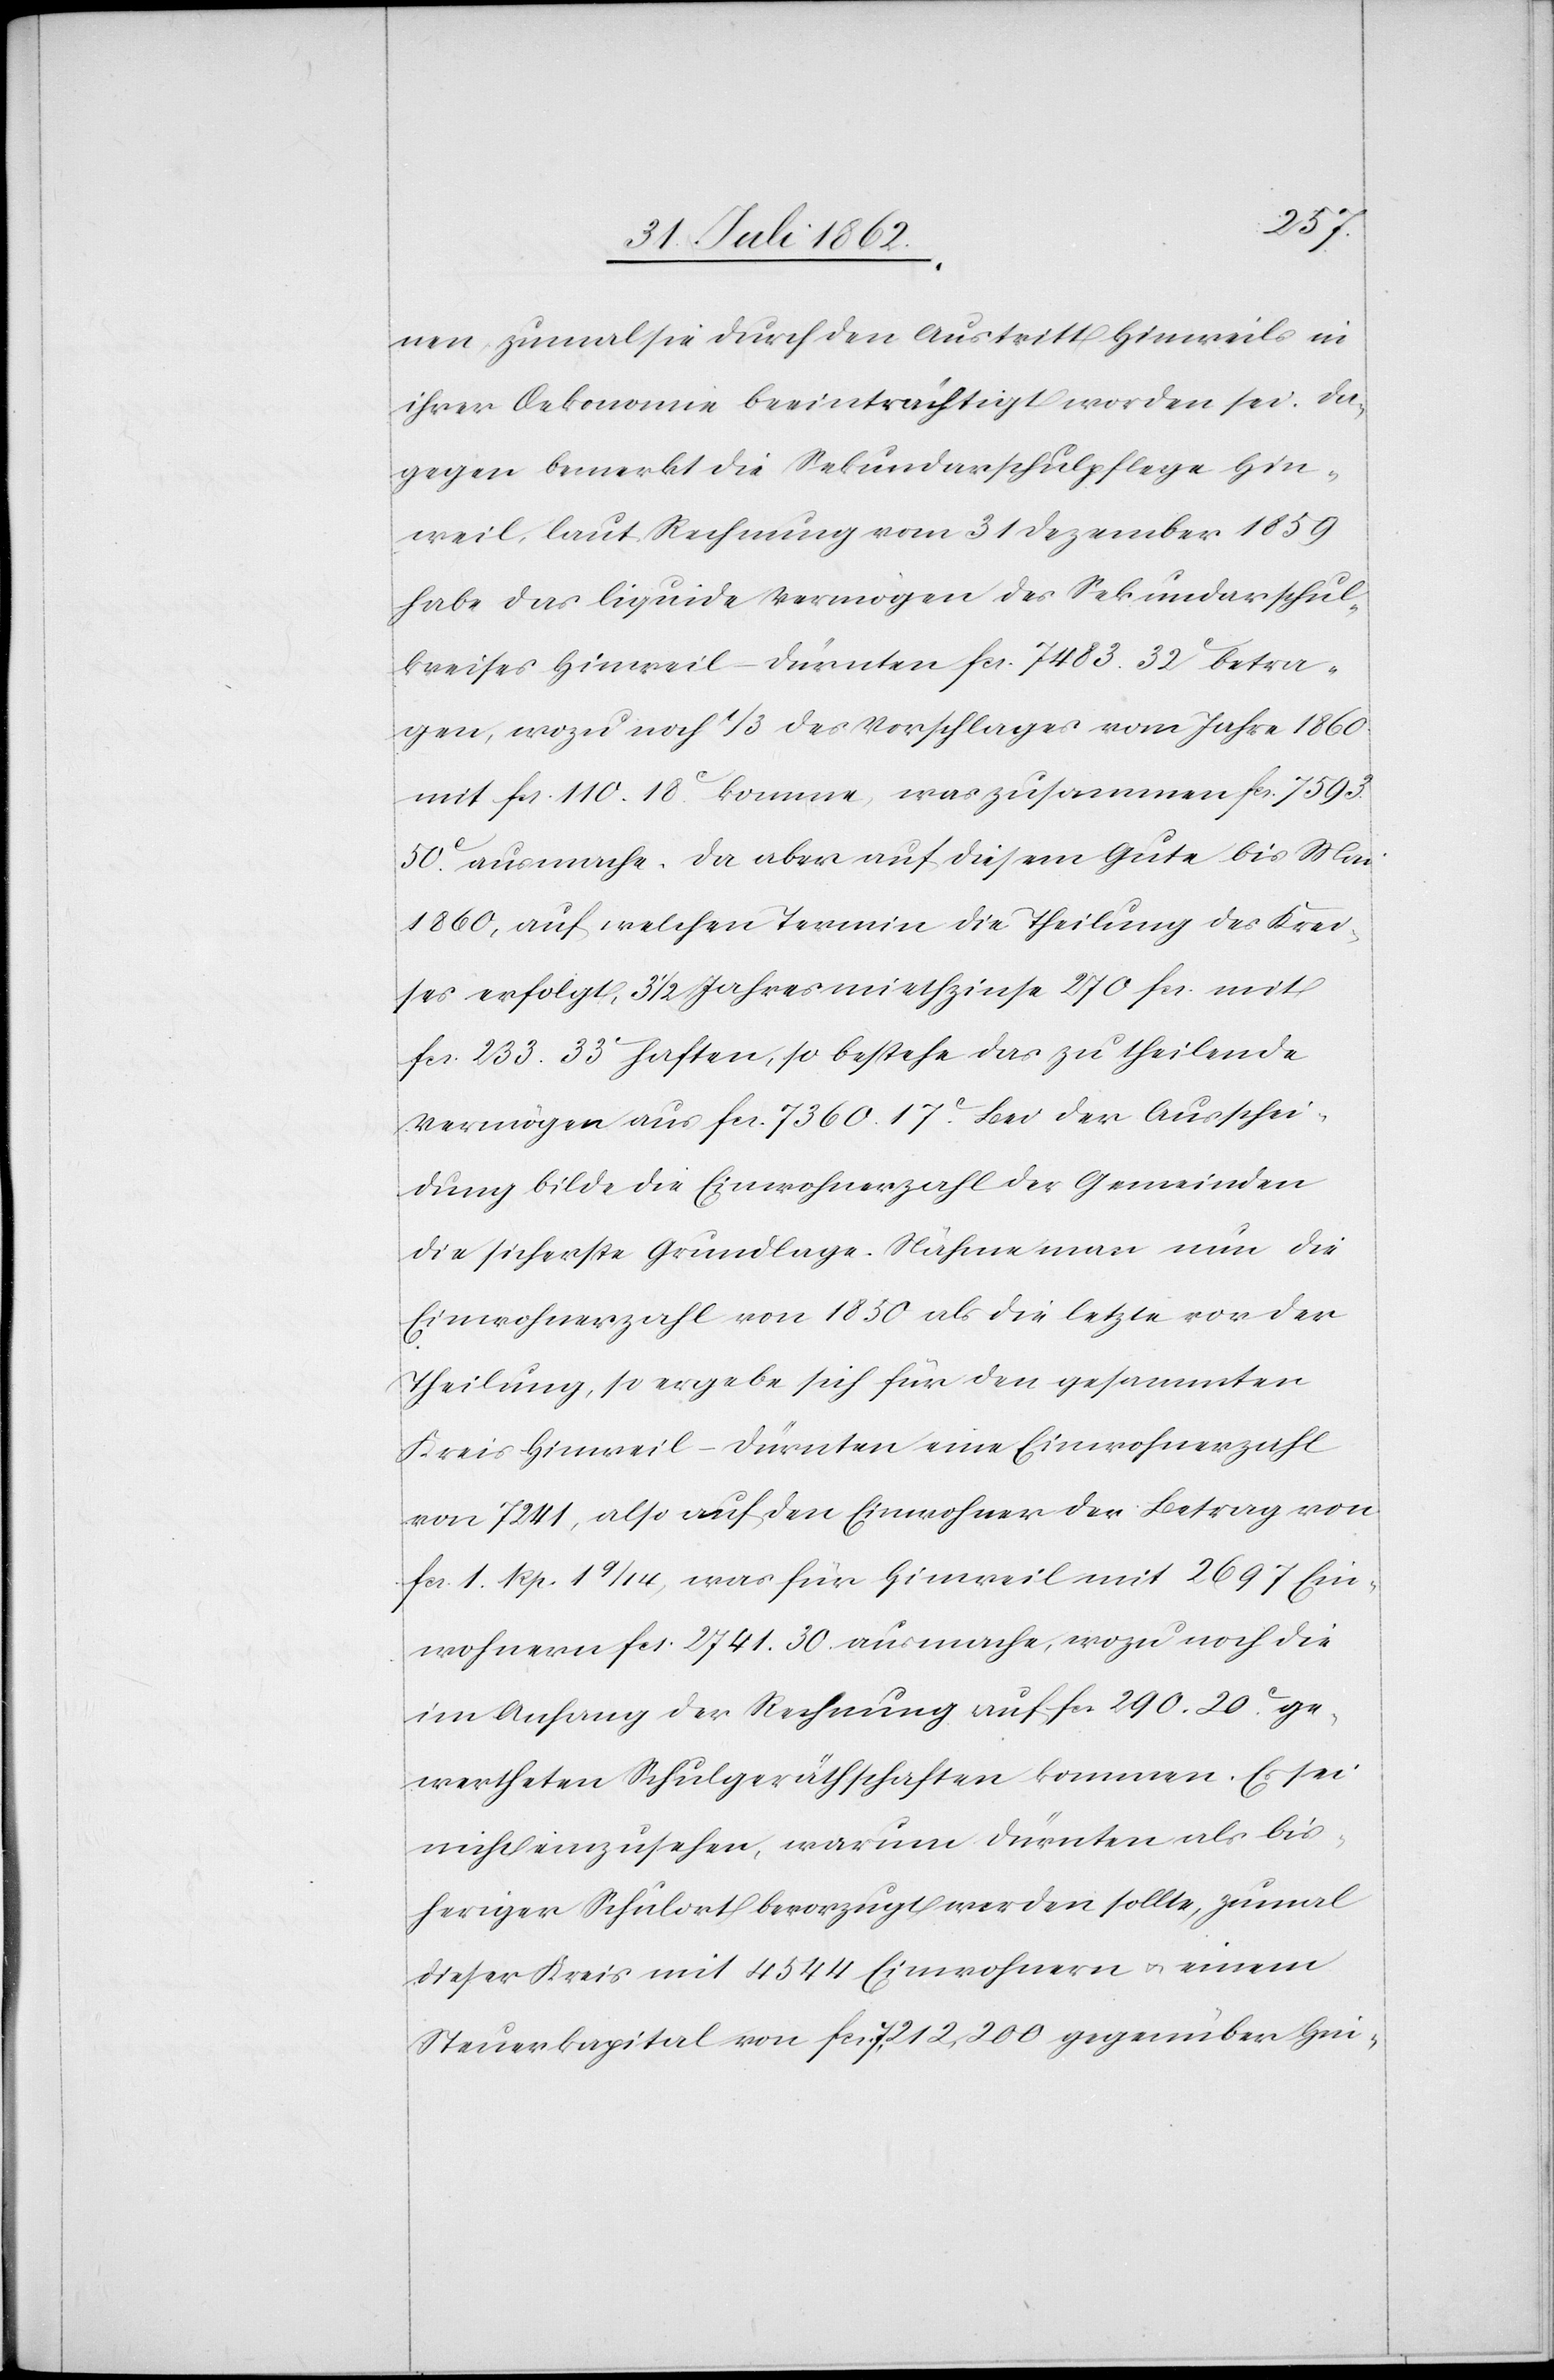
nen, zumal sie durch den Austritt Hinweils in
ihrer Oekonomie beinträchtig worden sei. Da¬
gegen bemerkt die Sekundarschulpflege Hin¬
weil, laut Rechnung vom 31. Dezember 1859
habe das liquide Vermögen des Sekundarschul¬
kreises Hinweil-Dürnten fcs. 7483. 32 betra¬
gen, wozu noch 1/3 des Vorschlages vom Jahre 1860
mit fcs. 110. 18c komme, was zusammen fcs. 7593.
50c ausmache. Da aber auf diesem Gute bis Mai
1830, auf welchen Termin die Theilung des Krei¬
ses erfolgt, 3 1/2 Jahresmiethzinse 270 fcs. mit
fcs. 233. 33c haften, so bestehe das zu theilende
Vermögen aus fcs. 7360. 17c. Bei der Ausschei¬
dung bilde die Einwohnerzahl der Gemeinden
die sicherste Grundlage. Nähme man nun die
Einwohnerzahl von 1830 als die letzte vor der
Theilung, so ergebe sich für den gesammten
Kreis Hinweil-Dürnten eine Einwohnerzahl
von 7241, also auf den Einwohner der Betrag von
fcs. 1 Rp. 1 9/14, was für Hinweil mit 2697 Ein¬
wohnern fcs. 2741. 30 ausmache, wozu noch die
Im Anfang der Rechnung auf fcs. 290. 20c ge¬
wertheten Schulgeräthschaften kommen. Es sei
nicht einzusehen, warum Dürnten als bis¬
heriger Schulort bevorzugt werden sollte, zumal
dieser Kreis mit 4544 Einwohnern u. einem
Steuerkapital von fcs. 7,212,200 gegenüber Hin-